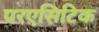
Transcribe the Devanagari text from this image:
परएसिटिक